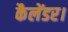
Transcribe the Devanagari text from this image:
कैलेंडर।